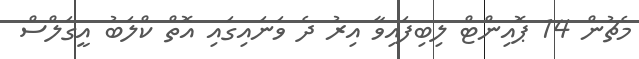
މެޗުން 14 ޕޮއިންޓް ލިބިފައިވާ އިރު ދެ ވަނައިގައި އޮތް ކްލަބު އީގަލްސް